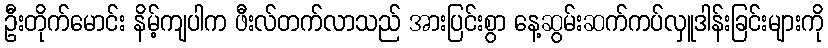
ဦးတိုက်မောင်း နိမ့်ကျပါက ဖီးလ်တက်လာသည် အားပြင်းစွာ နေ့ဆွမ်းဆက်ကပ်လှူဒါန်းခြင်းများကို